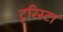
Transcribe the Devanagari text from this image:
टूरिस्टा